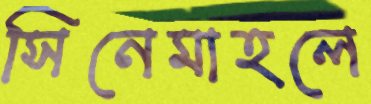
সিনেমাহলে